Vaccination in the Punjab 1867-1880 - 1867-1880
Year: 1867
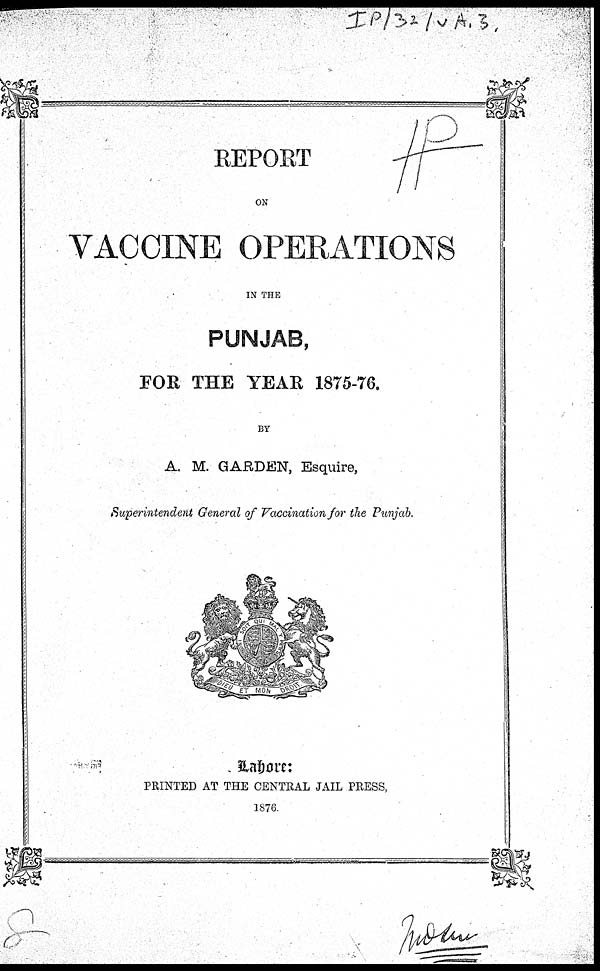
REPORT
ON
VACCINE OPERATIONS
IN THE
PUNJAB,
FOR THE YEAR 1875-76.
BY
A. M. GARDEN, Esquire,
Superintendent General of Vaccination for the Punjab.
Lahore:
PRINTED AT THE CENTRAL JAIL PRESS,
1876.